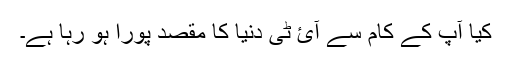
کیا آپ کے کام سے آئ ٹی دنیا کا مقصد پورا ہو رہا ہے۔